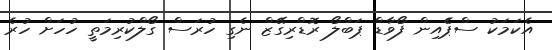
އެކަމަކު ސްޕެެއިން ފޯވާޑް ޕަބްލޯ ރޮޑްރިގޭޒް ނެގި ހުރަސް ގޯލްކުރިމަތީ ހުހަށް ހުރެ